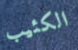
الكئيب